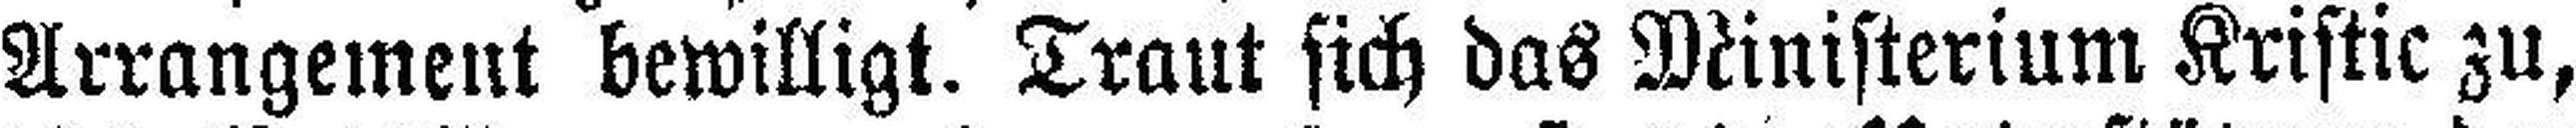
Arrangement bewilligt. Traut sich das Ministerium Kristic zu,